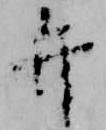
弁